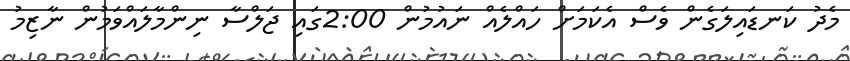
މެދު ކަނޑައިލަގެން ވެސް އެކަމަށް ހައްލެއް ނައުމުން 2:00ގައި ޖަލްސާ ނިންމާލައްވަމުން ނާޒިމު